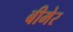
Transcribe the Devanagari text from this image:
बीमेर